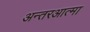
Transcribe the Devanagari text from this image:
अन्तरआत्मा